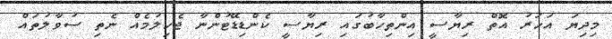
މިދިޔަ އަހަރު އޮތް ރިޔާސީ އިންތިހާބުގައި ރިޔާސީ ކެންޑިޑޭޓުންނާ ޖެހިލުމެއް ނެތި ސުވާލުތައް